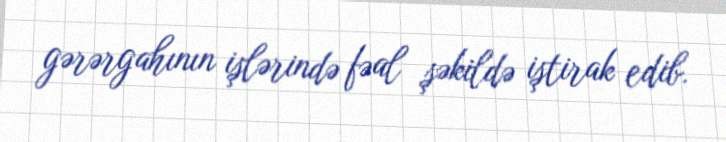
gərərgahının işlərində fəal şəkildə iştirak edib.